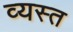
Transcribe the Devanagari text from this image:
व्‍यस्त